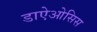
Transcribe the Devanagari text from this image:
डाऐओसिस